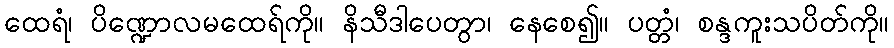
ထေရံ၊ ပိဏ္ဍောလမထေရ်ကို။ နိသီဒါပေတွာ၊ နေစေ၍။ ပတ္တံ၊ စန္ဒကူးသပိတ်ကို။